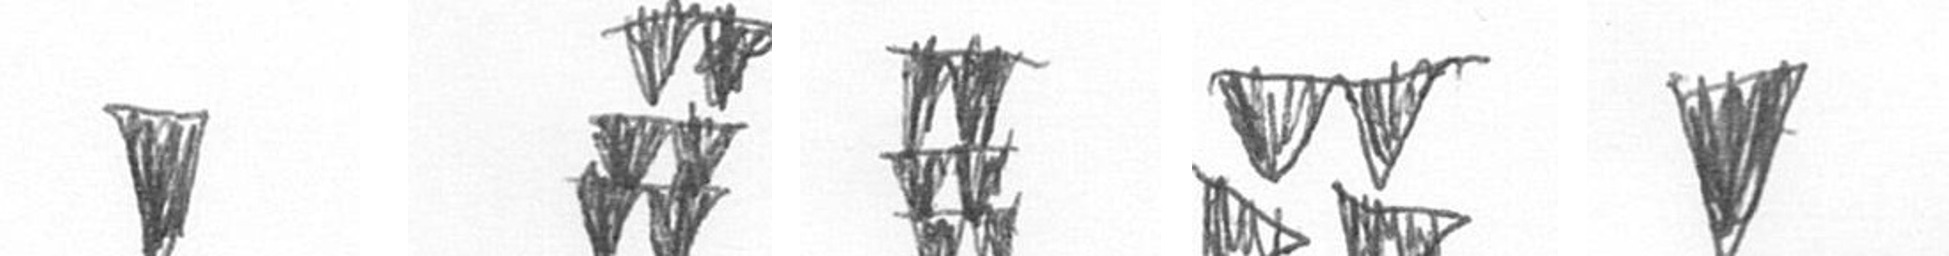
J Y Y B J